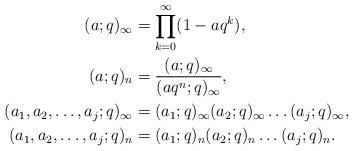
LaTeX: \begin{align*}(a;q)_{\infty} &= \prod_{k=0}^\infty (1-aq^k),\\(a;q)_{n} &= \frac{(a;q)_{\infty}}{(aq^n;q)_{\infty}},\\(a_1,a_2,\dots,a_j;q)_{\infty} &= (a_1;q)_{\infty}(a_2;q)_{\infty}\dots(a_j;q)_{\infty},\\(a_1,a_2,\dots,a_j;q)_{n} &=(a_1;q)_{n}(a_2;q)_{n}\dots(a_j;q)_{n}.\end{align*}